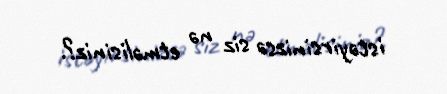
istəyirsinizsə siz nə etməlisiniz?.